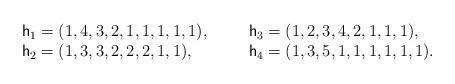
LaTeX: \begin{align*}\begin{array}{llll}\mathsf{h}_1 = (1,4,3,2,1,1,1,1,1), &&& \mathsf{h}_3 = (1,2,3,4,2,1,1,1),\\\mathsf{h}_2 = (1,3,3,2,2,2,1,1), &&& \mathsf{h}_4 = (1,3,5,1,1,1,1,1,1).\end{array}\end{align*}